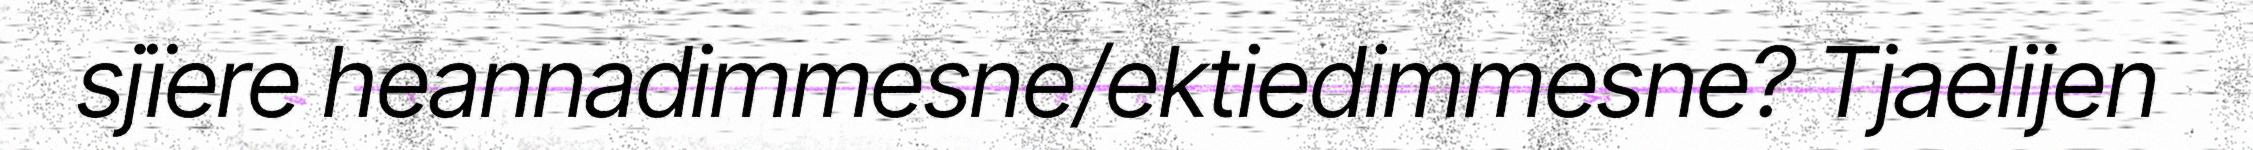
sjïere heannadimmesne/ektiedimmesne? Tjaelijen